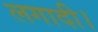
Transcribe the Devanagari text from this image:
लगादी।